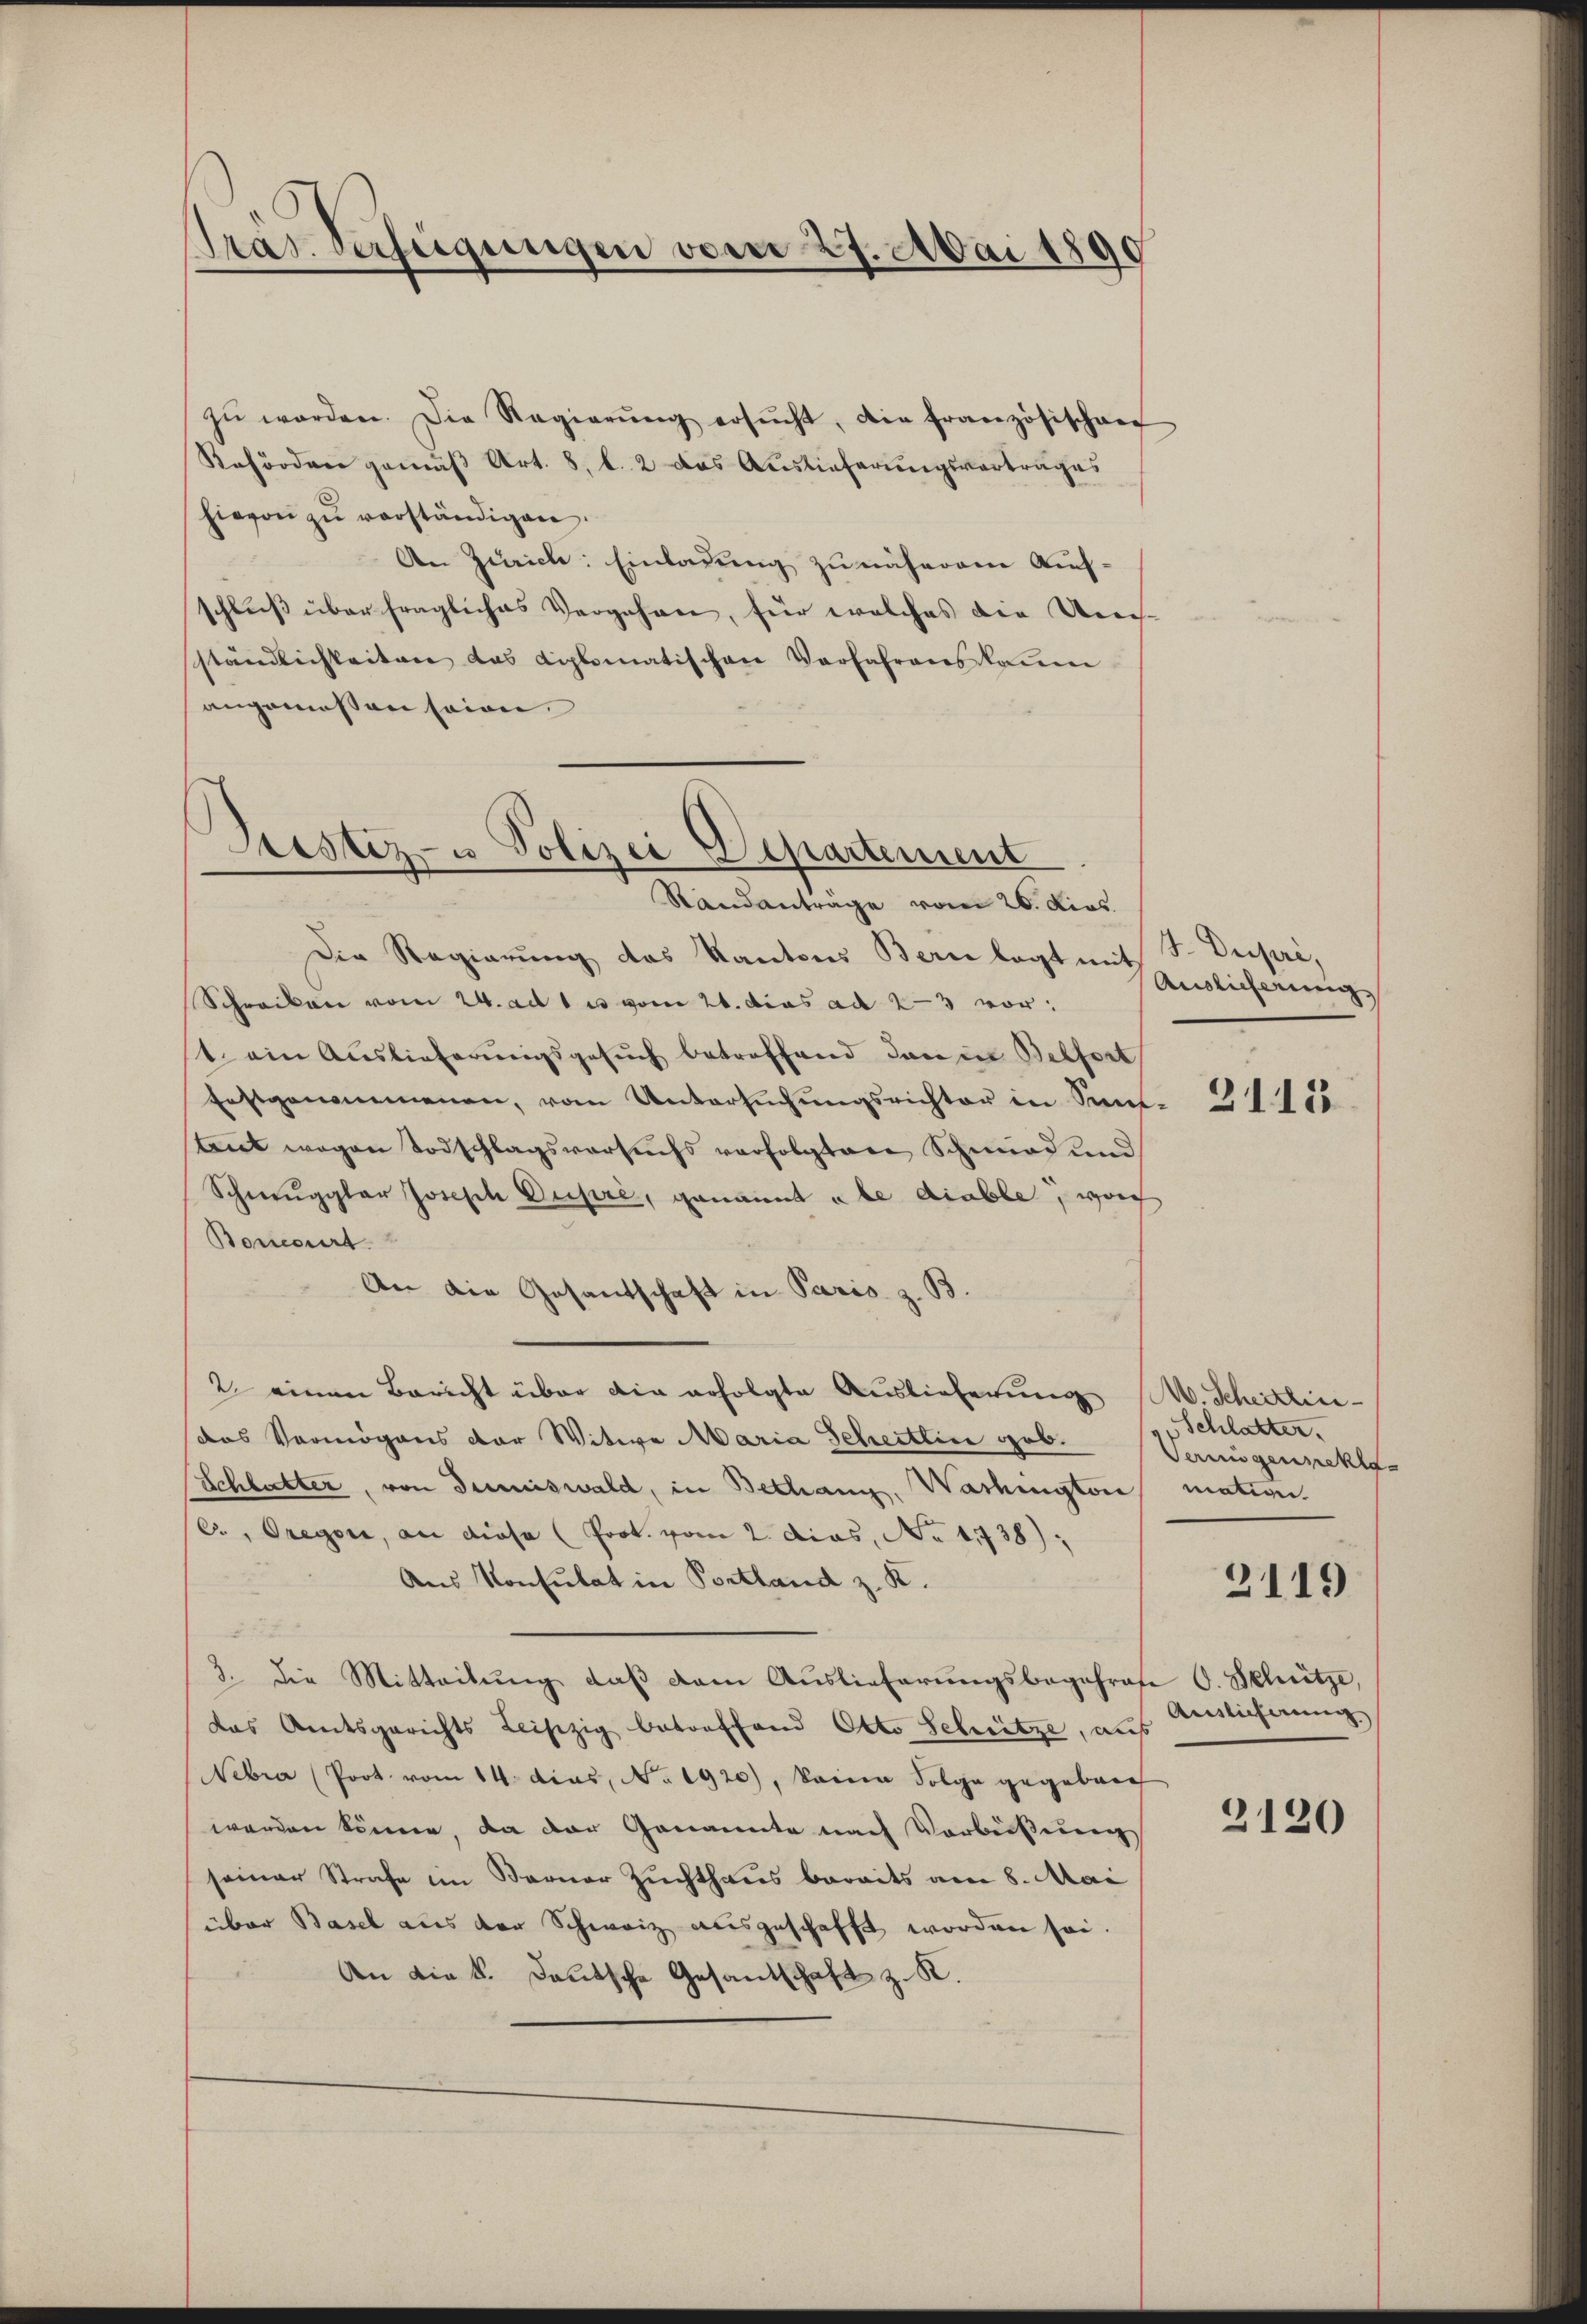
das Verfügungen vom 27. Mai 1890

zŭ worden. Die Regierŭng ersŭcht, die französischen
Rehörden gemäß Art. 8, l. 2 das Auslieferungsvortrages
hievon zu verständigen.
An Zürich: Einladung zu näherem Aufschluß über fragliches Vergehen, für welches die Ue-
ständlichkeiten das diplomatischen Vorfahrens kaum
angemessen seien.

Prestiz- u Polizei Departement
Standanträge vom 26. Dies

Die Regierung des Kantons Bern legt mit J. Dupri,
Schreiben vom 24. ad 1. es vom 21. das ad 23 vor:
t. ein Auslieferungsgesuch betreffend dan in Belfort
Erstgenommenen, vom Untersŭchŭngsrichter in Sant. 31. 155
tut wegen Todschlagsversuchs verfolgten Schmied und
Schmuggler Joseph Dupre, genannt u le diable, woch
Boncourt
An die Gesantschaft in Paris z. B.
2 einen Bericht über die erfolgte Auslieferung
das Vermögens der Witwe Maria Scheitlin geb.
Schlatter, von dumiswald, in Bethang, Washingtone mation.
c. Gregori, an diese (Prot. vom 2. dies, No 11738)
Aus Konsulat in Portland z. K.
3. Die Mitteilung daß dem Auslieferungsbegehrese O. Schütze,
das Amtsgerichts Leipzig betreffend Otto Schwitze, auf
Nebra (Prot. vom 14. dies, No. 1920), keine Folge gegebene
werden könne, da der Genannte nach Vorbeissung
seiner Strafe im Berner Zuchthaus bereits am 8. Mai
über Basel aus der Schweiz ausgeschafft worden sei.
An die k. deutsche Gesandschaft z. K.

Auslicherung

W. Scheitlic
Schlatter.
Termigensekte
2119
Auslieferung

2120